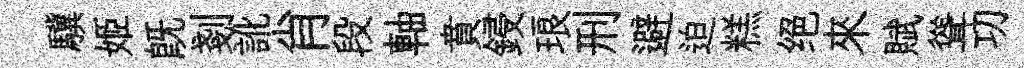
驥姬旣剗訛肖段軸賁鋟琅刑避迫糕绝來賦聳㓛